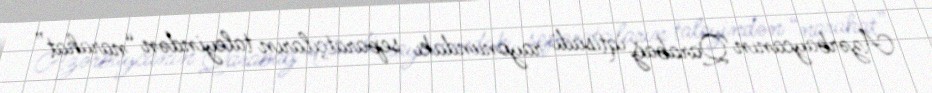
Azərbaycanın Qarabağ iqtisadi rayonundakı separatçıların taleyindən “narahat”